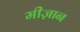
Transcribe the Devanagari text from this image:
मीज़ान